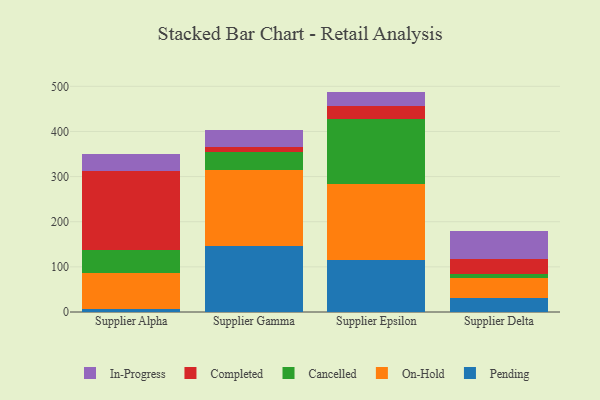
{"axis": {"x": "Supplier", "y": "Production Output"}, "legend": ["Cancelled", "Completed", "In-Progress", "On-Hold", "Pending"], "data": [{"x": "Supplier Alpha", "y": 7.3, "type": "Pending"}, {"x": "Supplier Alpha", "y": 78.5, "type": "On-Hold"}, {"x": "Supplier Alpha", "y": 51.5, "type": "Cancelled"}, {"x": "Supplier Alpha", "y": 174.7, "type": "Completed"}, {"x": "Supplier Alpha", "y": 37.0, "type": "In-Progress"}, {"x": "Supplier Gamma", "y": 145.6, "type": "Pending"}, {"x": "Supplier Gamma", "y": 169.3, "type": "On-Hold"}, {"x": "Supplier Gamma", "y": 38.8, "type": "Cancelled"}, {"x": "Supplier Gamma", "y": 10.8, "type": "Completed"}, {"x": "Supplier Gamma", "y": 38.0, "type": "In-Progress"}, {"x": "Supplier Epsilon", "y": 115.0, "type": "Pending"}, {"x": "Supplier Epsilon", "y": 169.5, "type": "On-Hold"}, {"x": "Supplier Epsilon", "y": 142.0, "type": "Cancelled"}, {"x": "Supplier Epsilon", "y": 30.2, "type": "Completed"}, {"x": "Supplier Epsilon", "y": 31.6, "type": "In-Progress"}, {"x": "Supplier Delta", "y": 31.9, "type": "Pending"}, {"x": "Supplier Delta", "y": 44.5, "type": "On-Hold"}, {"x": "Supplier Delta", "y": 7.5, "type": "Cancelled"}, {"x": "Supplier Delta", "y": 33.7, "type": "Completed"}, {"x": "Supplier Delta", "y": 60.8, "type": "In-Progress"}]}